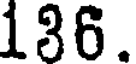
136.